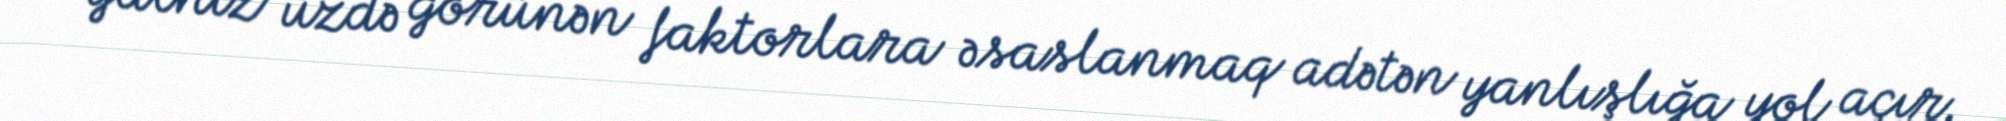
yalnız üzdə görünən faktorlara əsaslanmaq adətən yanlışlığa yol açır.